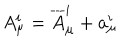
A _ { \mu } ^ { i } = { \overline { { A } } } _ { \mu } ^ { i } + a _ { \mu } ^ { i }